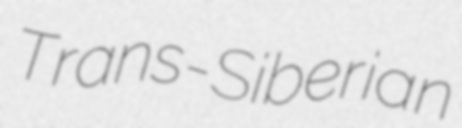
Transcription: Trans-Siberian